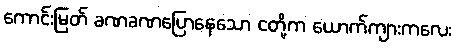
ကောင်းမြတ် ခဏခဏပြောနေသော ငတို့က ယောက်ကျားကလေး